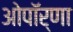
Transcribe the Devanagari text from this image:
ओपॉर्णा